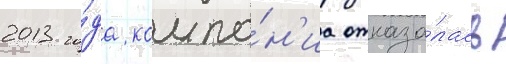
2013 го́да компа́н'иа отказа́лась